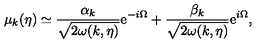
\mu _ { k } ( \eta ) \simeq \frac { \alpha _ { k } } { \sqrt { 2 \omega ( k , \eta ) } } \mathrm { e } ^ { - i \Omega } + \frac { \beta _ { k } } { \sqrt { 2 \omega ( k , \eta ) } } \mathrm { e } ^ { i \Omega } ,